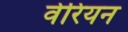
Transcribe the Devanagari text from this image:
वेरियन